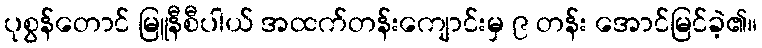
ပုစွန်တောင် မြူနီစီပါယ် အထက်တန်းကျောင်းမှ ၉ တန်း အောင်မြင်ခဲ့၏။